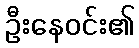
ဦးနေဝင်း၏